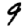
Digit: 9